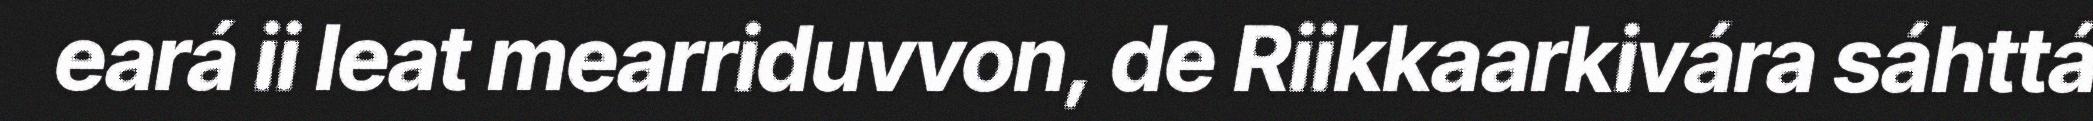
eará ii leat mearriduvvon, de Riikkaarkivára sáhttá